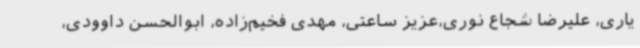
یاری‌، علیرضا شجاع نوری،عزیز ساعتی، مهدی فخیم‌زاده، ابوالحسن داوودی‌،